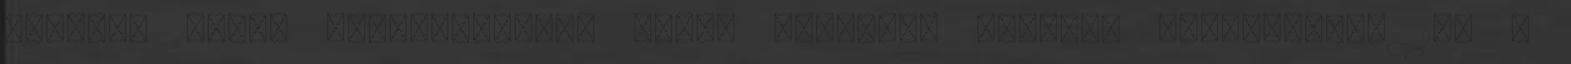
rögzítő pánt. Fekete-piros, nylon anyagból készült laptoptáska 16" -